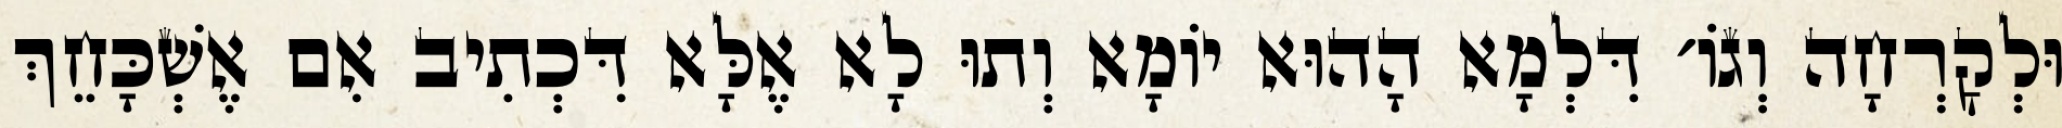
וּלְקׇרְחָה וְגוֹ׳ דִּלְמָא הָהוּא יוֹמָא וְתוּ לָא אֶלָּא דִּכְתִיב אִם אֶשְׁכָּחֵךְ